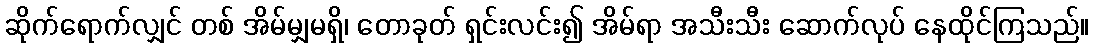
ဆိုက်ရောက်လျှင် တစ် အိမ်မျှမရှိ၊ တောခုတ် ရှင်းလင်း၍ အိမ်ရာ အသီးသီး ဆောက်လုပ် နေထိုင်ကြသည်။